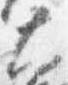
大